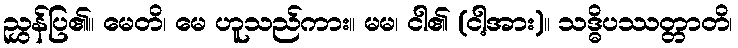
ညွှန်ပြ၏။ မေတိ၊ မေ ဟူသည်ကား။ မမ၊ ငါ၏ (ငါ့အား)။ သဒ္ဓိပဿတ္တာတိ၊